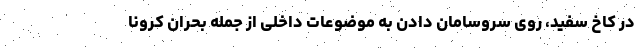
در کاخ سفید، روی سروسامان دادن به موضوعات داخلی از جمله بحران کرونا